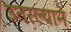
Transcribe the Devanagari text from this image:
उतरल्याने